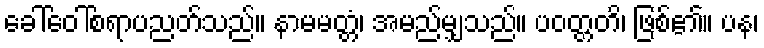
ခေါ်ဝေါ်စရာပညတ်သည်။ နာမမတ္တံ၊ အမည်မျှသည်။ ပဝတ္တတိ၊ ဖြစ်၏။ ပန၊